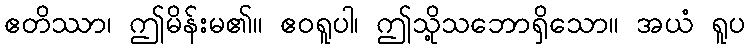
ဧတိဿာ၊ ဤမိန်းမ၏။ ဧဝရူပါ၊ ဤသို့သဘောရှိသော။ အယံ ရူပ